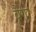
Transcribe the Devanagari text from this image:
बैंगो